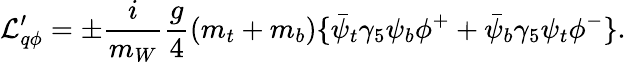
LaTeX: {\cal L}_{q\phi}^{\prime}=\pm{\frac{i}{m_{W}}}{\frac{g}{4}}(m_{t}+m_{b})\{ \bar{\psi}_{t}\gamma_{5}\psi_{b}\phi^{+}+\bar{\psi}_{b}\gamma_{5}\psi_{t}\phi^{-}\} .